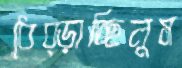
ধেব্‌ড়াচ্ছিলুম